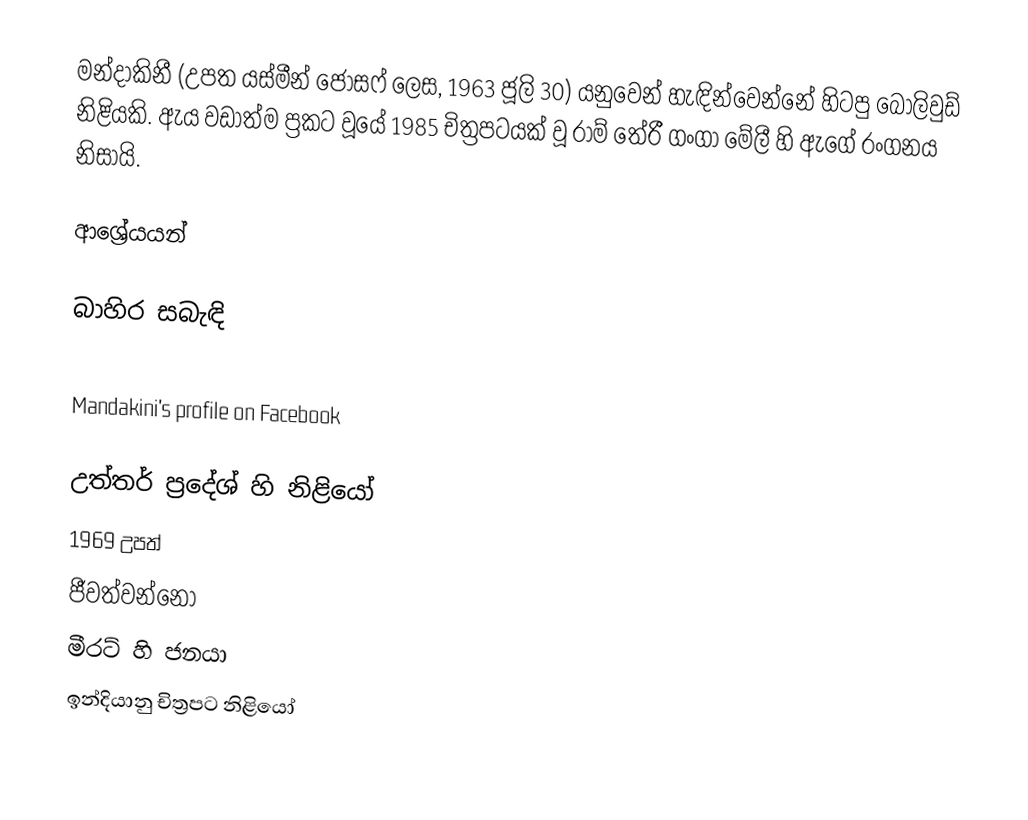
මන්දාකිනී (උපත යස්මීන් ජෝසෆ් ලෙස, 1963 ජූලි 30) යනුවෙන් හැඳින්වෙන්නේ හිටපු බොලිවුඩ් නිළියකි. ඇය වඩාත්ම ප්‍රකට වූයේ 1985 චිත්‍රපටයක් වූ රාම් තේරී ගංගා මේලී හි ඇගේ රංගනය නිසායි.

ආශ්‍රේයයන්

බාහිර සබැඳි

 Mandakini's profile on Facebook

උත්තර් ප්‍රදේශ් හි නිළියෝ
1969 උපත්
ජීවත්වන්නෝ
මීරට් හි ජනයා
ඉන්දියානු චිත්‍රපට නිළියෝ